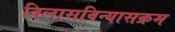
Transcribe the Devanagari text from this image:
विलासविन्यासक्रम